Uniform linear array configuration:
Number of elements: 32
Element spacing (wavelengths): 0.25
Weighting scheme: uniform
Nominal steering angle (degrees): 45
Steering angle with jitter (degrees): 44.642
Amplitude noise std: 0.05
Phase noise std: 0.05

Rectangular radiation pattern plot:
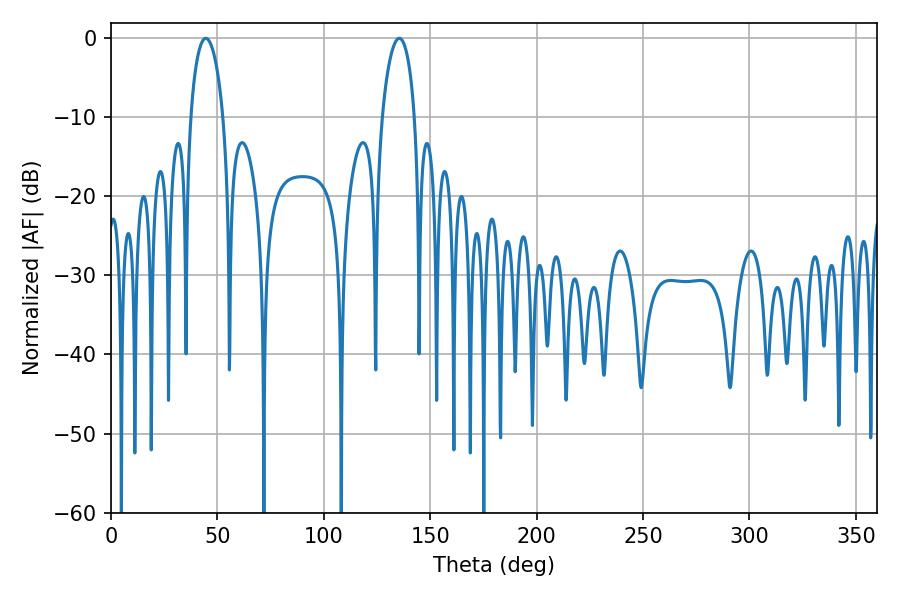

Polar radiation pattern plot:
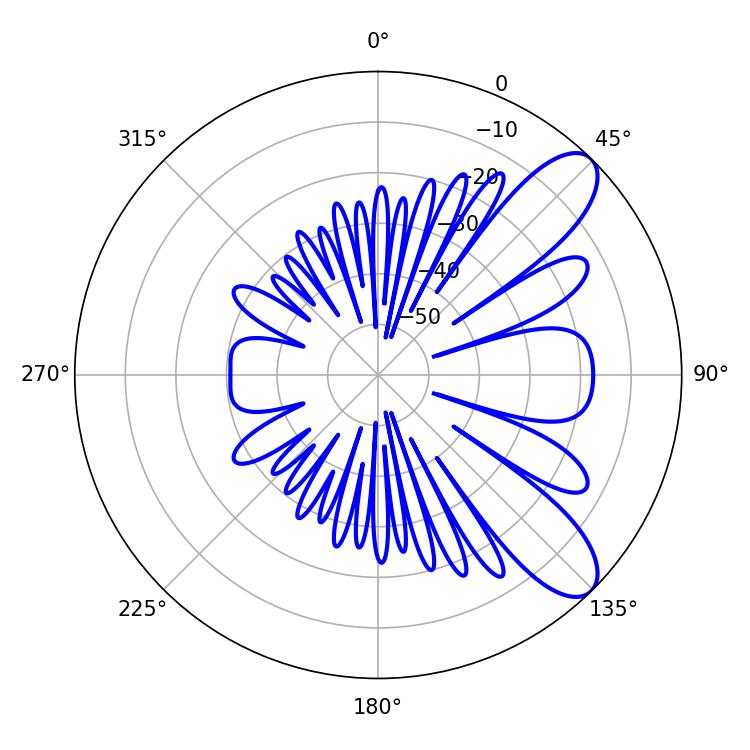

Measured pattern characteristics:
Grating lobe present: FALSE
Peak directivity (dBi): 9.1
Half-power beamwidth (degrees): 8.82
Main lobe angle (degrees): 44.46